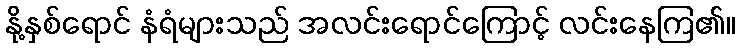
နို့နှစ်ရောင် နံရံများသည် အလင်းရောင်ကြောင့် လင်းနေကြ၏။